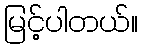
မြင့်ပါတယ်။